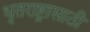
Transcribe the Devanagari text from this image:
धृतराष्ट्रासाठी